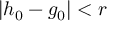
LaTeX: | h _ { 0 } - g _ { 0 } | < r